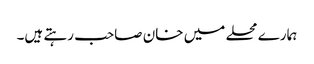
ہمارے محلے میں خان صاحب رہتے ہیں۔